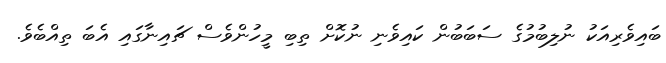
ބައިވެރިއަކު ނުލިބުމުގެ ސަބަބުން ކައިވެނި ނުކޮށް ތިބި މީހުންވެސް ޗައިނާގައި އެބަ ތިއްބެވެ.